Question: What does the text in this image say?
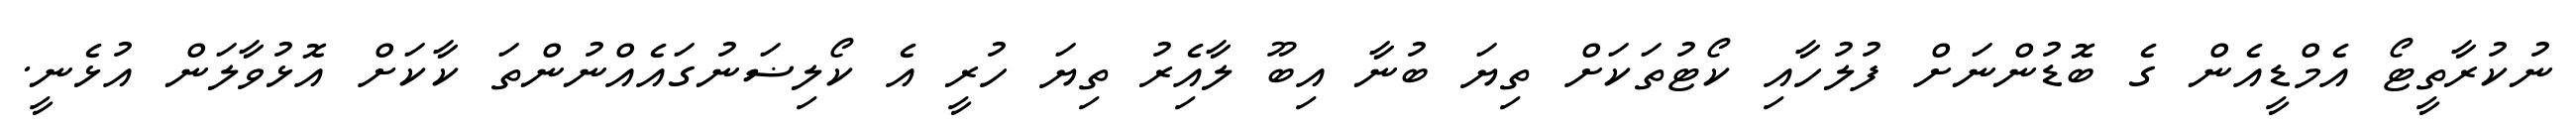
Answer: ނުކުރާތީޓޯ އެމްޑީއެން ގެ ބޮޑުންނަށް ފުލުހާއި ކޯޓުތަކަށް ތިޔަ ބުނާ އިބޫ ލާއެިރު ތިޔަ ހުރީ އެ ކޯލިޟަނުގައެއްނުންތަ ކާކަށް އޮޅުވާލަން އުޅެނީ.